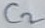
Text: C2